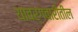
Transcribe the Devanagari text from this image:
यावर्गवारीतील